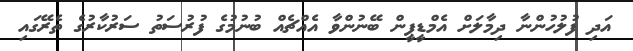
އަދި ފުލުހުންނާ ދިމާލަށް އެމްޑީޕީން ބޭނުންވާ އެއްޗެއް ބުނުމުގެ ފުރުސަތު ސަރުކާރުގެ ތެރޭގައި